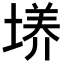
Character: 𡏆